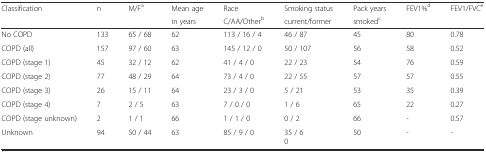
<table><thead><tr><td><b>Classification</b></td><td><b>n</b></td><td><b>M/F<sup>a</sup></b></td><td><b>Mean age</b></td><td><b>Race</b></td><td><b>Smoking status</b></td><td><b>Pack years</b></td><td><b>FEV1%<sup>d</sup></b></td><td><b>FEV1/FVC<sup>e</sup></b></td></tr><tr><td></td><td></td><td></td><td><b>in years</b></td><td><b>C/AA/Other<sup>b</sup></b></td><td><b>current/former</b></td><td><b>smoked<sup>c</sup></b></td><td></td><td></td></tr></thead><tbody><tr><td>No COPD</td><td>133</td><td>65 / 68</td><td>62</td><td>113 / 16 / 4</td><td>46 / 87</td><td>45</td><td>80</td><td>0.78</td></tr><tr><td>COPD (all)</td><td>157</td><td>97 / 60</td><td>63</td><td>145 / 12 / 0</td><td>50 / 107</td><td>56</td><td>58</td><td>0.52</td></tr><tr><td>COPD (stage 1)</td><td>45</td><td>32 / 12</td><td>62</td><td>41 / 4 / 0</td><td>22 / 23</td><td>54</td><td>76</td><td>0.59</td></tr><tr><td>COPD (stage 2)</td><td>77</td><td>48 / 29</td><td>64</td><td>73 / 4 / 0</td><td>22 / 55</td><td>57</td><td>57</td><td>0.55</td></tr><tr><td>COPD (stage 3)</td><td>26</td><td>15 / 11</td><td>64</td><td>23 / 3 / 0</td><td>5 / 21</td><td>53</td><td>35</td><td>0.39</td></tr><tr><td>COPD (stage 4)</td><td>7</td><td>2 / 5</td><td>63</td><td>7 / 0 / 0</td><td>1 / 6</td><td>65</td><td>22</td><td>0.27</td></tr><tr><td>COPD (stage unknown)</td><td>2</td><td>1 / 1</td><td>66</td><td>1 / 1 / 0</td><td>0 / 2</td><td>66</td><td>-</td><td>0.57</td></tr><tr><td>Unknown</td><td>94</td><td>50 / 44</td><td>63</td><td>85 / 9 / 0</td><td>35 / 6 0</td><td>50</td><td>-</td><td>-</td></tr></tbody></table>